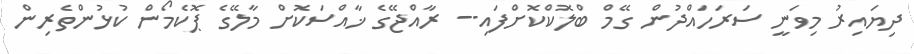
ދިޔައިރު މިވަނީ ސަރަހައްދުން ގޭމް ބްލޮކްކޮށްފައި-- ރާއްޖޭގެ ޚާއްސަކޮށް މާލޭގެ ޕޮކެމޯން ކުޅުންތެރިން